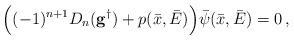
LaTeX: \begin{align*}\Big( (-1)^{n+1} D_{n}(\mathbf{g}^{\dagger}) + p(\bar x,\bar E) \Big)\bar{\psi}(\bar x , \bar E) =0\,, \end{align*}